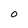
Character: O